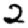
Digit: 2